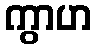
ကွာဟ